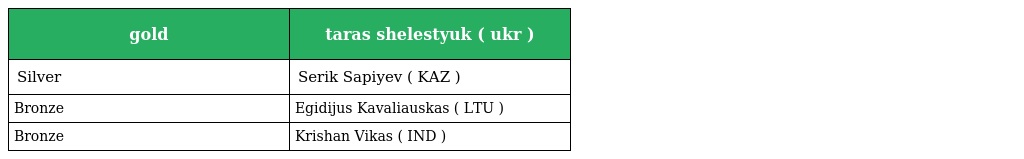
| gold | taras shelestyuk ( ukr ) |
 | --- | --- |
 | Silver | Serik Sapiyev ( KAZ ) |
 | Bronze | Egidijus Kavaliauskas ( LTU ) |
 | Bronze | Krishan Vikas ( IND ) |